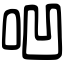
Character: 𠱃